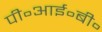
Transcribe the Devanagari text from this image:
पी॰आई॰बी॰